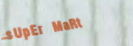
sUpEr MaRt